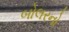
બોલરનો